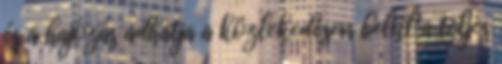
és a hajózás adhatja a közlekedésen belül a teljes